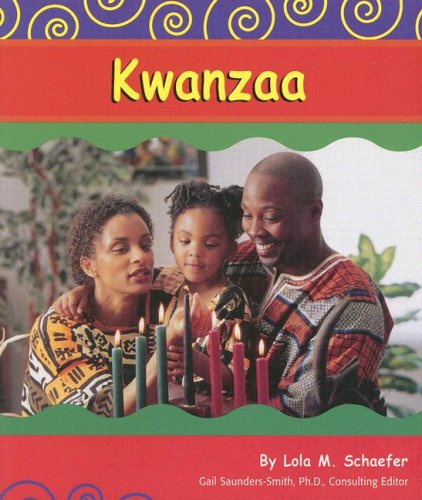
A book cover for Kwanzaa (Holidays and Celebrations); Lola M. Schaefer; Children's Books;